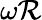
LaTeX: \omega\mathcal{R}